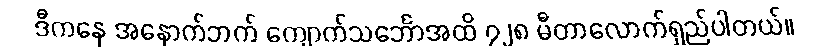
ဒီကနေ အနောက်ဘက် ကျောက်သင်္ဘောအထိ ၇၂၈ မီတာလောက်ရှည်ပါတယ်။